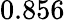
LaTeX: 0.856